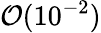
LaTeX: {\cal O}(10^{-2})